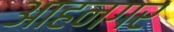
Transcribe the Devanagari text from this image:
आहनगर